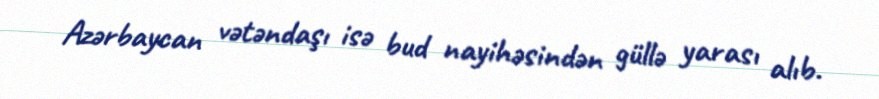
Azərbaycan vətəndaşı isə bud nayihəsindən güllə yarası alıb.